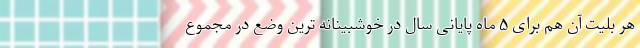
هر بلیت آن هم برای ۵ ماه پایانی سال در خوشبینانه ترین وضع در مجموع